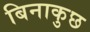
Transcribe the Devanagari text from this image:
बिनाकुछ